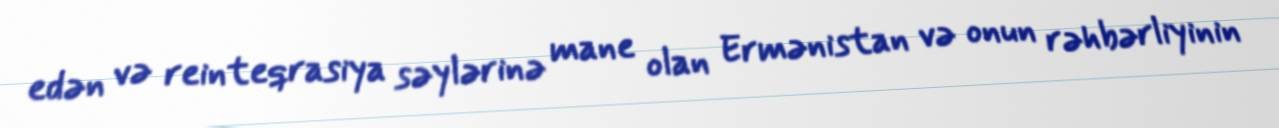
edən və reinteqrasiya səylərinə mane olan Ermənistan və onun rəhbərliyinin